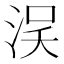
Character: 𣵗